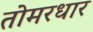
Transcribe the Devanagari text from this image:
तोमरधार